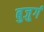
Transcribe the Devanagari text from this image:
बुजु्र्ग